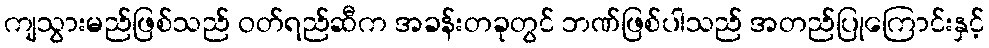
ကျသွားမည်ဖြစ်သည် ဝတ်ရည်ဆီက အခန်းတခုတွင် ဘဏ်ဖြစ်ပါသည် အတည်ပြုကြောင်းနှင့်